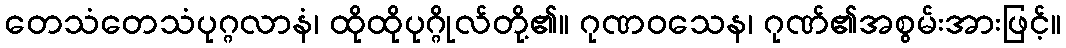
တေသံတေသံပုဂ္ဂလာနံ၊ ထိုထိုပုဂ္ဂိုလ်တို့၏။ ဂုဏဝသေန၊ ဂုဏ်၏အစွမ်းအားဖြင့်။